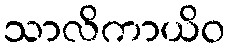
သာလိကာယိဝ